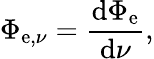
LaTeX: \Phi_{\mathrm{e},\nu}={\frac{\mathrm{d}\Phi_{\mathrm{e}}}{\mathrm{d}\nu}},